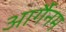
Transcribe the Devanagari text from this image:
आर्गैनम